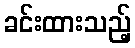
ခင်းထားသည့်